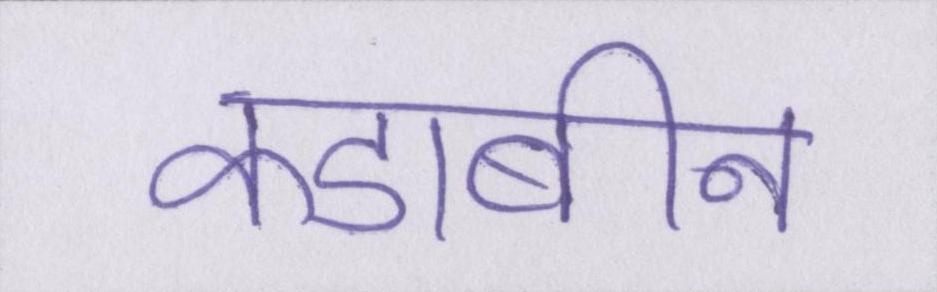
कडाबीन